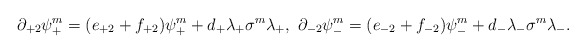
\begin{align*}\partial_{+2}\psi^m_+=(e_{+2}+f_{+2})\psi^m_++d_+\lambda_+\sigma^m\lambda_+, \ \partial_{-2}\psi^m_-=(e_{-2}+f_{-2})\psi^m_-+d_-\lambda_-\sigma^m\lambda_-.\end{align*}